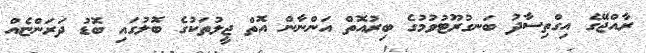
ރާއްޖޭގެ އިގްތިސާދު ބަނގުރޫޓުވުމުގެ ބިރުއޮތް އަންނާން އޮތް ޖީލުތަކުގެ ބޮލުގައި ބޮޑު ދަރަންޏެއް